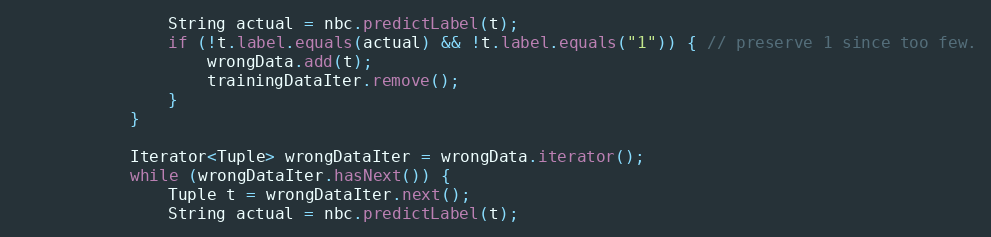
Language: Java
                String actual = nbc.predictLabel(t);
                if (!t.label.equals(actual) && !t.label.equals("1")) { // preserve 1 since too few.
                    wrongData.add(t);
                    trainingDataIter.remove();
                }
            }

            Iterator<Tuple> wrongDataIter = wrongData.iterator();
            while (wrongDataIter.hasNext()) {
                Tuple t = wrongDataIter.next();
                String actual = nbc.predictLabel(t);